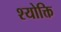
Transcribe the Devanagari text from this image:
श्योक्ति